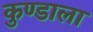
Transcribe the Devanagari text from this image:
कुण्डाला